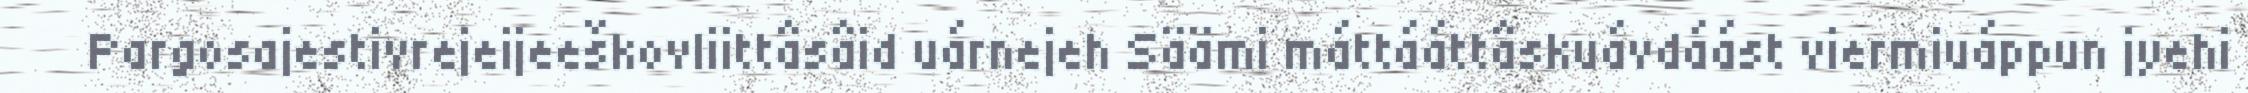
Pargosajestivrejeijeeškovliittâsâid uárnejeh Säämi máttááttâskuávdáást viermiuáppun jyehi